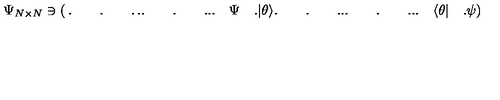
\Psi _ { N \times N } \ni \left( \begin{matrix} { . \qquad . \qquad . } & { . } \\ { . \qquad . \qquad . } & { . } \\ { . \quad \Psi \quad . } & { | \theta \rangle } \\ { . \qquad . \qquad . } & { . } \\ { . \qquad . \qquad . } & { . } \\ { . \quad \langle \theta | \quad . } & { \psi } \\ \end{matrix} \right) _ { ( N + 1 ) \times ( N + 1 ) } .